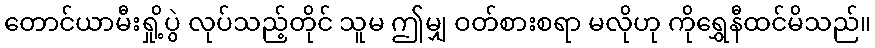
တောင်ယာမီးရှို့ပွဲ လုပ်သည့်တိုင် သူမ ဤမျှ ဝတ်စားစရာ မလိုဟု ကိုရွှေနီထင်မိသည်။